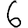
Digit: 6